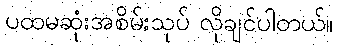
ပထမဆုံးအစိမ်းသုပ် လိုချင်ပါတယ်။